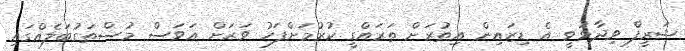
ޝަރީފް ވިދާޅުވީ އެ ޑިޒައިން އިތުރަށް ތަރައްގީ ކުރުމަށްފަހު ވަރަށް އަވަސް މުސްތަގުބަލެއްގައި